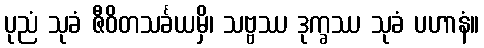
ပုညံ သုခံ ဇီဝိတသင်္ခယမှိ၊ သဗ္ဗဿ ဒုက္ခဿ သုခံ ပဟာနံ။